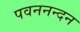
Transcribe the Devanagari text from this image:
पवननन्दन